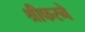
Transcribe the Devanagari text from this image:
श्रीफरने